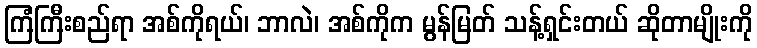
ကြံကြီးစည်ရာ အစ်ကိုရယ်၊ ဘာလဲ၊ အစ်ကိုက မွန်မြတ် သန့်ရှင်းတယ် ဆိုတာမျိုးကို